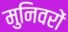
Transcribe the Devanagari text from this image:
मुनिवरों